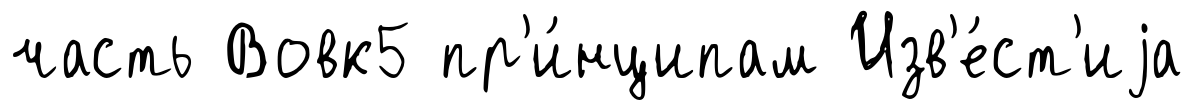
часть Вовк5 пр'и́нципам Изв'е́ст'иjа